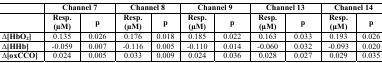
|  | <COLSPAN=2> Channel 7 | <COLSPAN=2> Channel 8 | <COLSPAN=2> Channel 9 | <COLSPAN=2> Channel 13 | <COLSPAN=2> Channel 14 |
 |  | Resp. (μM) | p | Resp. (μM) | p | Resp. (μM) | p | Resp. (μM) | p | Resp. (μM) | p |
 | --- | --- | --- | --- | --- | --- | --- | --- | --- | --- | --- |
 | ∆[HbO2] | 0.135 | 0.026 | 0.176 | 0.018 | 0.185 | 0.022 | 0.163 | 0.033 | 0.193 | 0.026 |
 | ∆[HHb] | −0.059 | 0.007 | −0.116 | 0.005 | −0.110 | 0.014 | −0.060 | 0.032 | −0.093 | 0.020 |
 | ∆[oxCCO] | 0.024 | 0.005 | 0.033 | 0.009 | 0.024 | 0.036 | 0.028 | 0.027 | 0.029 | 0.035 |